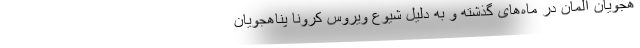
هجویان آلمان در ماه‌های گذشته و به دلیل شیوع ویروس کرونا پناهجویان